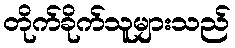
တိုက်ခိုက်သူများသည်